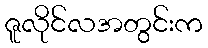
ဇူလိုင်လအတွင်းက